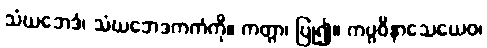
သံဃဘေဒံ၊ သံဃဘေဒကကံကို။ ကတွာ၊ ပြု၍။ ကပ္ပဝိနာသေယေဝ၊